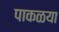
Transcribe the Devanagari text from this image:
पाकळया